Scientific memoirs by medical officers of the Army of India - Part III,
Year: 1887
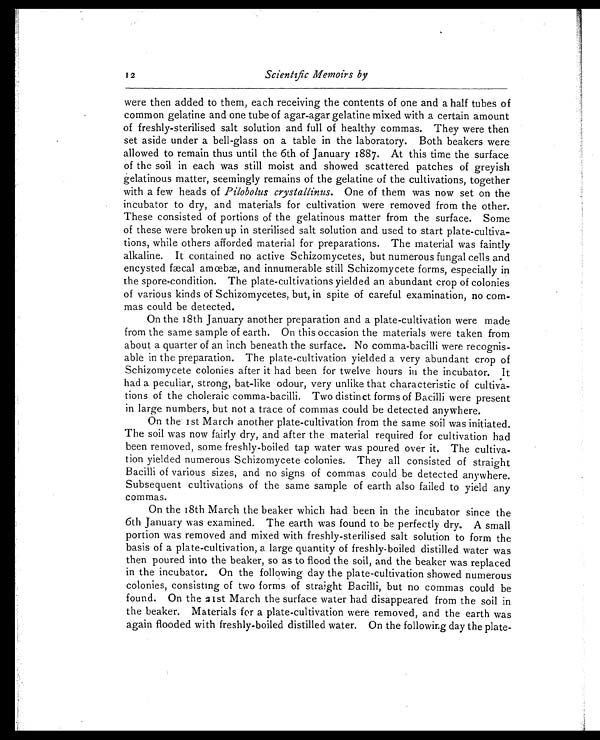
12
Scientific Memoirs by
were then added to them, each receiving the contents of one and a half tubes of
common gelatine and one tube of agar-agar gelatine mixed with a certain amount
of freshly-sterilised salt solution and full of healthy commas. They were then
set aside under a bell-glass on a table in the laboratory. Both beakers were
allowed to remain thus until the 6th of January 1887. At this time the surface
of the soil in each was still moist and showed scattered patches of greyish
gelatinous matter, seemingly remains of the gelatine of the cultivations, together
with a few heads of Pilobolus crystallinus. One of them was now set on the
incubator to dry, and materials for cultivation were removed from the other.
These consisted of portions of the gelatinous matter from the surface. Some
of these were broken up in sterilised salt solution and used to start plate-cultiva-
tions, while others afforded material for preparations. The material was faintly
alkaline. It contained no active Schizomycetes, but numerous fungal cells and
encysted fæcal amœbæ, and innumerable still Schizomycete forms, especially in
the spore-condition. The plate-cultivations yielded an abundant crop of colonies
of various kinds of Schizomycetes, but, in spite of careful examination, no com-
mas could be detected.
On the 18th January another preparation and a plate-cultivation were made
from the same sample of earth. On this occasion the materials were taken from
about a quarter of an inch beneath the surface. No comma-bacilli were recognis-
able in the preparation. The plate-cultivation yielded a very abundant crop of
Schizomycete colonies after it had been for twelve hours in the incubator. It
had a peculiar, strong, bat-like odour, very unlike that characteristic of cultiva-
tions of the choleraic comma-bacilli. Two distinct forms of Bacilli were present
in large numbers, but not a trace of commas could be detected anywhere.
On the 1st March another plate-cultivation from the same soil was initiated.
The soil was now fairly dry, and after the material required for cultivation had
been removed, some freshly-boiled tap water was poured over it. The cultiva-
tion yielded numerous Schizomycete colonies. They all consisted of straight
Bacilli of various sizes, and no signs of commas could be detected anywhere.
Subsequent cultivations of the same sample of earth also failed to yield any
commas.
On the 18th March the beaker which had been in the incubator since the
6th January was examined. The earth was found to be perfectly dry. A small
portion was removed and mixed with freshly-sterilised salt solution to form the
basis of a plate-cultivation, a large quantity of freshly-boiled distilled water was
then poured into the beaker, so as to flood the soil, and the beaker was replaced
in the incubator. On the following day the plate-cultivation showed numerous
colonies, consisting of two forms of straight Bacilli, but no commas could be
found. On the 21st March the surface water had disappeared from the soil in
the beaker. Materials for a plate-cultivation were removed, and the earth was
again flooded with freshly-boiled distilled water. On the following day the plate-